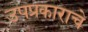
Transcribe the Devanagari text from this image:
उपप्रकाराचे